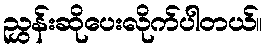
ညွှန်းဆိုပေးလိုက်ပါတယ်။